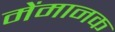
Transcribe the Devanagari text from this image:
मेंमानक